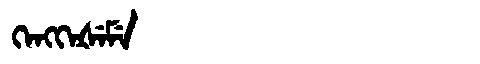
Manchu: ᡴᡝᠩᡴᡝᡧᡝᠮᡝ
Romanization: KENGKEŠEME